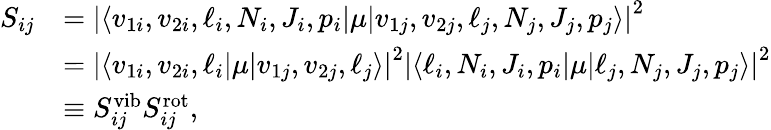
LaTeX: \begin{array}{rl}{S_{ij}}&{=\left\lvert\langle v_{1i},v_{2i},\ell_{i},N_{i},J_{i},p_{i}\lvert\mu\lvert v_{1j},v_{2j},\ell_{j},N_{j},J_{j},p_{j}\rangle\right\lvert^{2}}\\ &{=\left\lvert\langle v_{1i},v_{2i},\ell_{i}\lvert\mu\lvert v_{1j},v_{2j},\ell_{j}\rangle\right\lvert^{2}\left\lvert\langle\ell_{i},N_{i},J_{i},p_{i}\lvert\mu\lvert\ell_{j},N_{j},J_{j},p_{j}\rangle\right\lvert^{2}}\\ &{\equiv S_{ij}^{\mathrm{vib}}S_{ij}^{\mathrm{rot}},}\end{array}